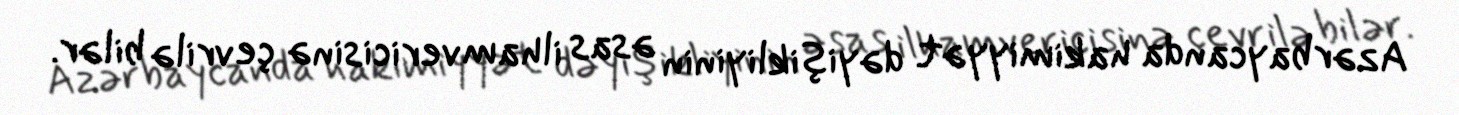
Azərbaycanda hakimiyyət dəyişikliyinin əsas ilhamvericisinə çevrilə bilər.